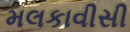
મલકાવીસી